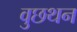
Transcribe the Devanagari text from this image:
वुछथन